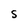
Character: S